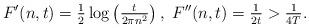
LaTeX: \begin{align*}F'(n,t) = \tfrac{1}{2} \log \left( \tfrac{t}{2\pi n^{2}} \right), \ F''(n,t)= \tfrac{1}{2t} > \tfrac{1}{4T}.\end{align*}